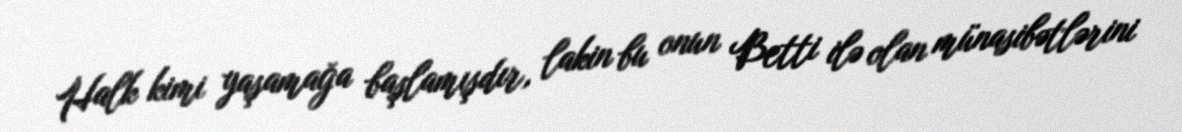
Halk kimi yaşamağa başlamışdır, lakin bu onun Betti ilə olan münasibətlərini